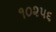
૧૦૨૫૬